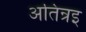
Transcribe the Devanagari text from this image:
अतिन्रइ